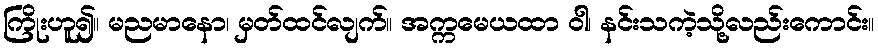
ကြိုးဟူ၍။ မညမာနော၊ မှတ်ထင်လျက်။ အက္ကမေယထာ ဝါ၊ နင်းသကဲ့သို့လည်းကောင်း။